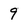
Character: 9